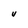
Character: U